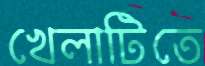
খেলাটিতে